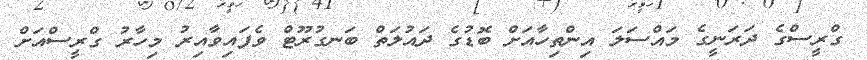
ގްރީސްގެ ދަރަނީގެ މައްސަލަ އިންތިހާއަށް ބޮޑުގެ ދައުލަތް ބަނގުރޫޓް ވެފައިވާއިރު މިހާރު ގްރީސްއަށް